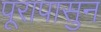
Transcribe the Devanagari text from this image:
पूरापासुन